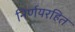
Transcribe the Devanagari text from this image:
निर्णयरहित